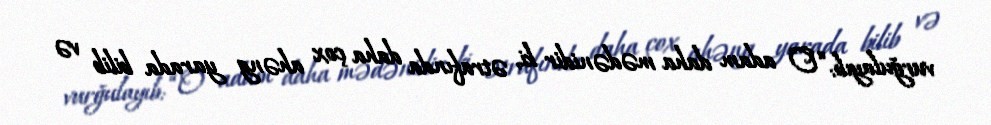
vurğulayıb: “O adam daha mədənidir ki, ətrafında daha çox ahəng yarada bilib və